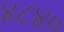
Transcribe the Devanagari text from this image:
४८४०